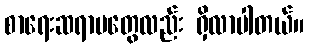
စာရေးဆရာမတွေလည်း ရှိလာပါတယ်။